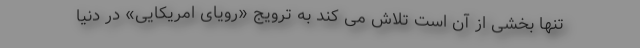
تنها بخشی از آن است تلاش می کند به ترویج «رویای امریکایی» در دنیا